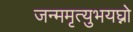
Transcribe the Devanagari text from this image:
जन्ममृत्युभयघ्नो